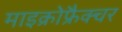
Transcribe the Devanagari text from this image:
माइक्रोफ्रैक्चर